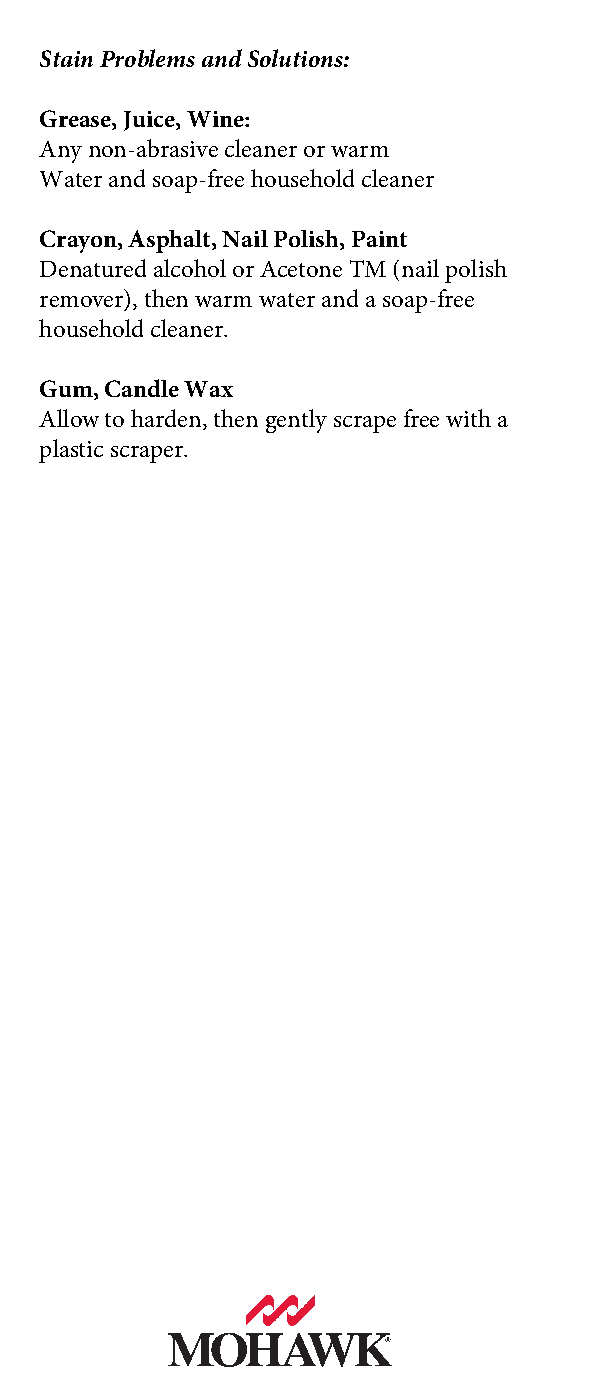
Stain Problems and Solutions:
 Grease, Juice, Wine:
 Any non-abrasive cleaner or warm
 Water and soap-free household cleaner
 Crayon, Asphalt, Nail Polish, Paint
 Denatured alcohol or Acetone TM (nail polish
 remover), then warm water and a soap-free
 household cleaner.
 Gum, Candle Wax
 Allow to harden, then gently scrape free with a
 plastic scraper.